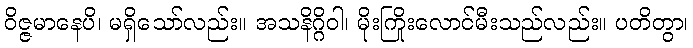
ဝိဇ္ဇမာနေပိ၊ မရှိသော်လည်း။ အသနိဂ္ဂိဝါ၊ မိုးကြိုးလောင်မီးသည်လည်း။ ပတိတွာ၊